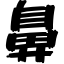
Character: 鼻